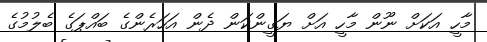
މާހީ އަކަށް ނޫން މާހީ އަށް ޔަގީންކަން ދެން އަހަރެންގެ ބައްޕަގެ ބެލުމުގެ